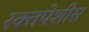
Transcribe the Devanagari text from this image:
रक्तपेशीस